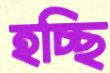
হচ্ছি